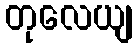
တုလေယျ